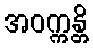
အဝက္ကန္တိ